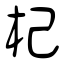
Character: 杞